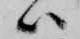
ハ